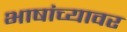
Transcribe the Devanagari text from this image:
भाषांच्यावर